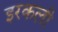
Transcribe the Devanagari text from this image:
इरकली